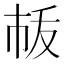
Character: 𢂛